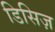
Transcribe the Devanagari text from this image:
डिसिज़